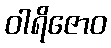
ဝါရိဇောဝ